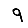
Digit: 9